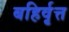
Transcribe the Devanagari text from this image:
बहिर्वृत्त